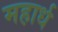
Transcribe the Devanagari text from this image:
महार्ध